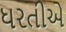
ધરતીએ